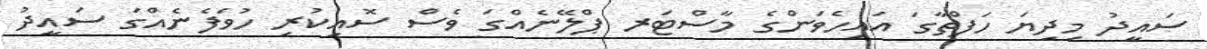
ސައީދު މިދިޔަ ހަފްތާގަ އައިހެވަންގެ މާސްޓަރ ޕްލޭނެއްގަ ވެސް ސޮއިކުރި ހުވަފެނެއްގަ ސައީދު